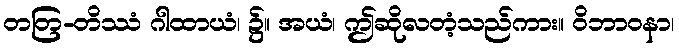
တတြ-တိဿံ ဂါထာယံ၊ ၌။ အယံ၊ ဤဆိုလတံ့သည်ကား။ ဝိဘာဝနာ၊